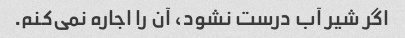
اگر شیر آب درست نشود، آن را اجاره نمی‌کنم.